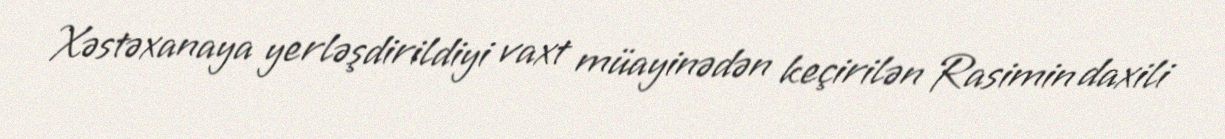
Xəstəxanaya yerləşdirildiyi vaxt müayinədən keçirilən Rasimin daxili